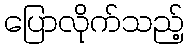
ပြောလိုက်သည့်